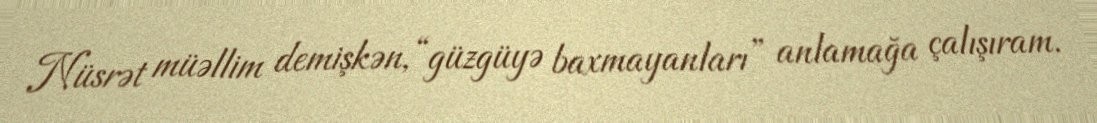
Nüsrət müəllim demişkən, “güzgüyə baxmayanları” anlamağa çalışıram.